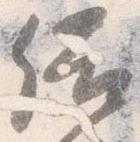
結